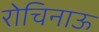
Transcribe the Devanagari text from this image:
रोचिनाऊ